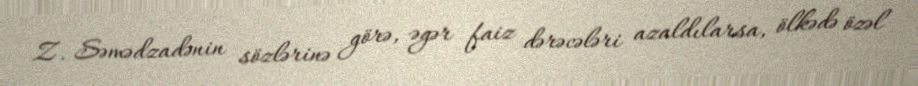
Z. Səmədzadənin sözlərinə görə, əgər faiz dərəcələri azaldılarsa, ölkədə özəl